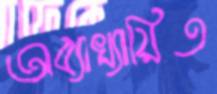
অব্যাখ্যায়িত